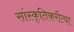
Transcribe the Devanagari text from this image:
सांस्कृतिकरीत्या